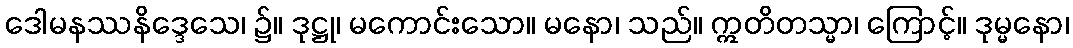
ဒေါမနဿနိဒ္ဒေသေ၊ ၌။ ဒုဋ္ဌု၊ မကောင်းသော။ မနော၊ သည်။ ဣတိတသ္မာ၊ ကြောင့်။ ဒုမ္မနော၊